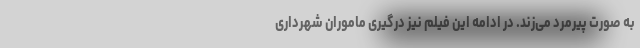
به صورت پیرمرد می‌زند. در ادامه این فیلم نیز درگیری ماموران شهرداری